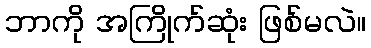
ဘာကို အကြိုက်ဆုံး ဖြစ်မလဲ။